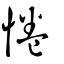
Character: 惓